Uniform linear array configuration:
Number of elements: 16
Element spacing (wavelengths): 0.75
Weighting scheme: exponential
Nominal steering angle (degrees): -30
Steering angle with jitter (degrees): -28.322
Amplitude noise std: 0.05
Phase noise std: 0.05

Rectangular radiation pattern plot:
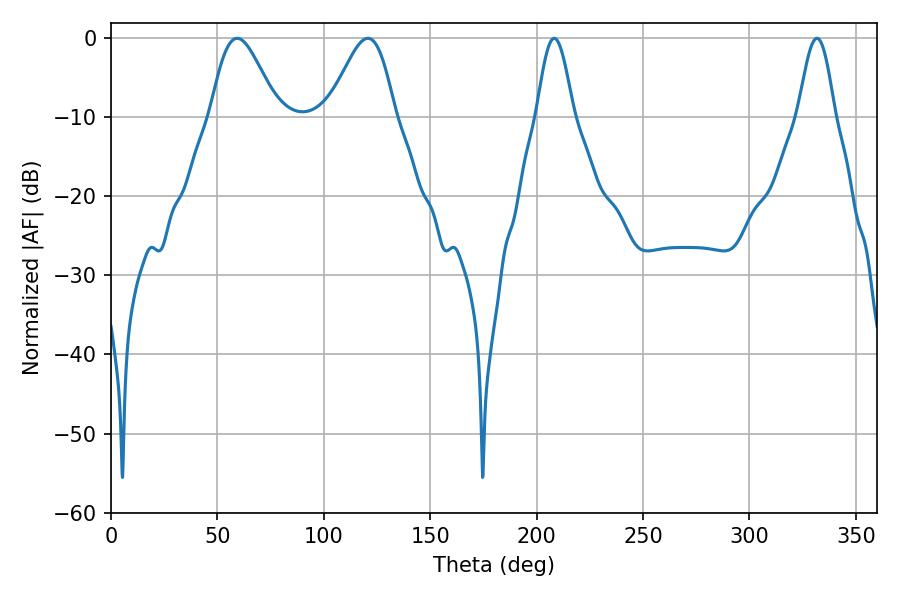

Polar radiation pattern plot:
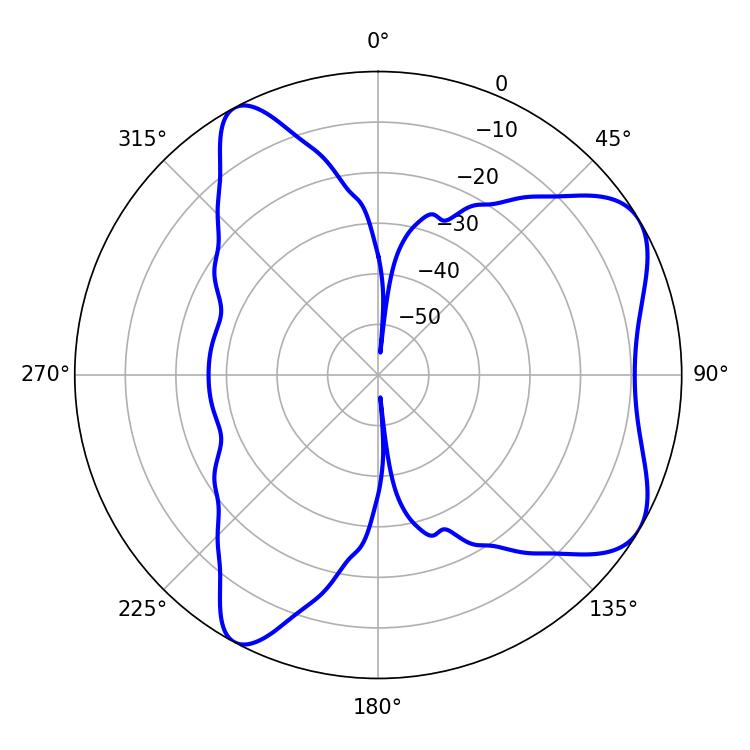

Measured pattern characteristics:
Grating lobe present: TRUE
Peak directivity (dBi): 6.693
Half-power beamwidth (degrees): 9.18
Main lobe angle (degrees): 208.26